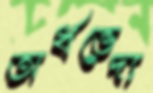
অর্ধভেদ্য